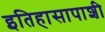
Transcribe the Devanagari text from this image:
इतिहासापाशी